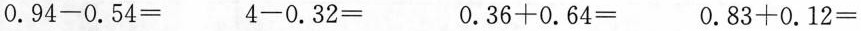
$$0 . 9 4 - 0 . 5 4 =$$ $$4 - 0 . 3 2 =$$ $$0 . 3 6 + 0 . 6 4 =$$ $$0 . 8 3 + 0 . 1 2 =$$